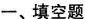
一、填空题